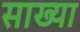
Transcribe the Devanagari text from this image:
साख्या